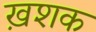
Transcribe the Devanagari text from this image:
ख़शक